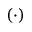
( \cdot )